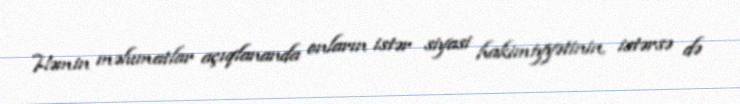
Həmin məlumatlar açıqlananda onların istər siyasi hakimiyyətinin, istərsə də